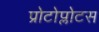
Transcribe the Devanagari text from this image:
प्रोटोप्लोटस